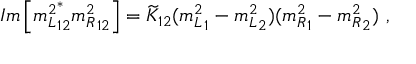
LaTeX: I m \left[ { m _ { L } ^ { 2 } } _ { 1 2 } ^ { * } { m _ { R } ^ { 2 } } _ { 1 2 } \right] = \widetilde { K } _ { 1 2 } ( { m _ { L } ^ { 2 } } _ { 1 } - { m _ { L } ^ { 2 } } _ { 2 } ) ( { m _ { R } ^ { 2 } } _ { 1 } - { m _ { R } ^ { 2 } } _ { 2 } ) \ ,